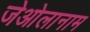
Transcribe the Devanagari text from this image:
जेओलानाम